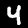
Digit: 4